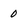
Character: 0